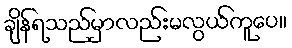
ချိန်ရသည်မှာလည်းမလွယ်ကူပေ။